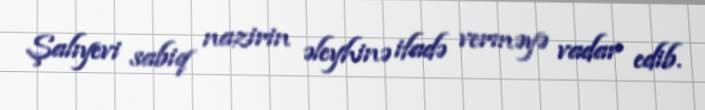
Şalıyevi sabiq nazirin əleyhinə ifadə verməyə vadar edib.